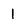
Character: 1